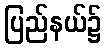
ပြည်နယ်၌